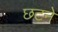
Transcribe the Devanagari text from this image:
छटने